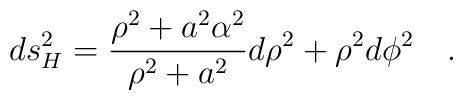
ds^2_H={{\rho^2 +a^2\alpha^2} \over {\rho^2+a^2}} d\rho^2 +\rho^2 d\phi^2~~~.